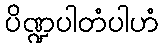
ပိဏ္ဍပါတံပါဟံ